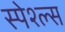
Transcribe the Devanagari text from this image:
स्पेश्ल्स